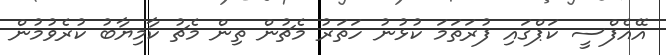
އޭއެފްސީ ކަޕްގައި ފުރަތަމަ ކުޅުނު ހަތަރު މެޗުން ތިން މެޗު ކާމިޔާބު ކުރެވުމުން